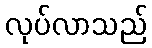
လုပ်လာသည်